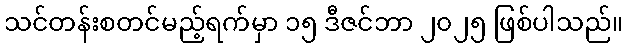
သင်တန်းစတင်မည့်ရက်မှာ ၁၅ ဒီဇင်ဘာ ၂၀၂၅ ဖြစ်ပါသည်။